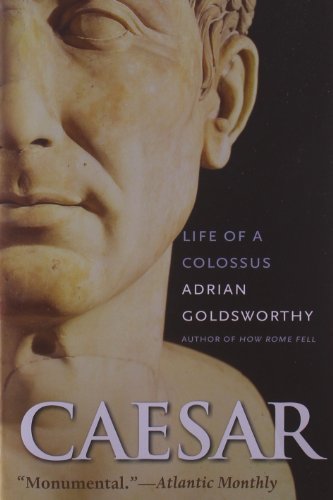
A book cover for Caesar: Life of a Colossus; Adrian Goldsworthy; Biographies & Memoirs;